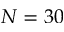
N = 3 0